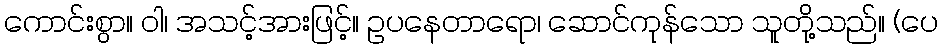
ကောင်းစွာ။ ဝါ၊ အသင့်အားဖြင့်။ ဥပနေတာရော၊ ဆောင်ကုန်သော သူတို့သည်။ (ပေ